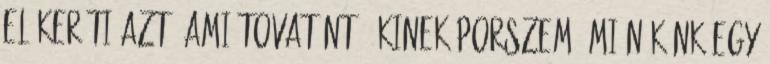
előkeríti azt, ami tovatűnt." Kinek porszem, mi nékünk egy